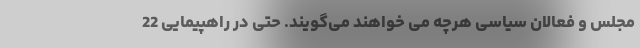
مجلس و فعالان سیاسی هرچه می‌ خواهند می‌گویند. حتی در راهپیمایی 22